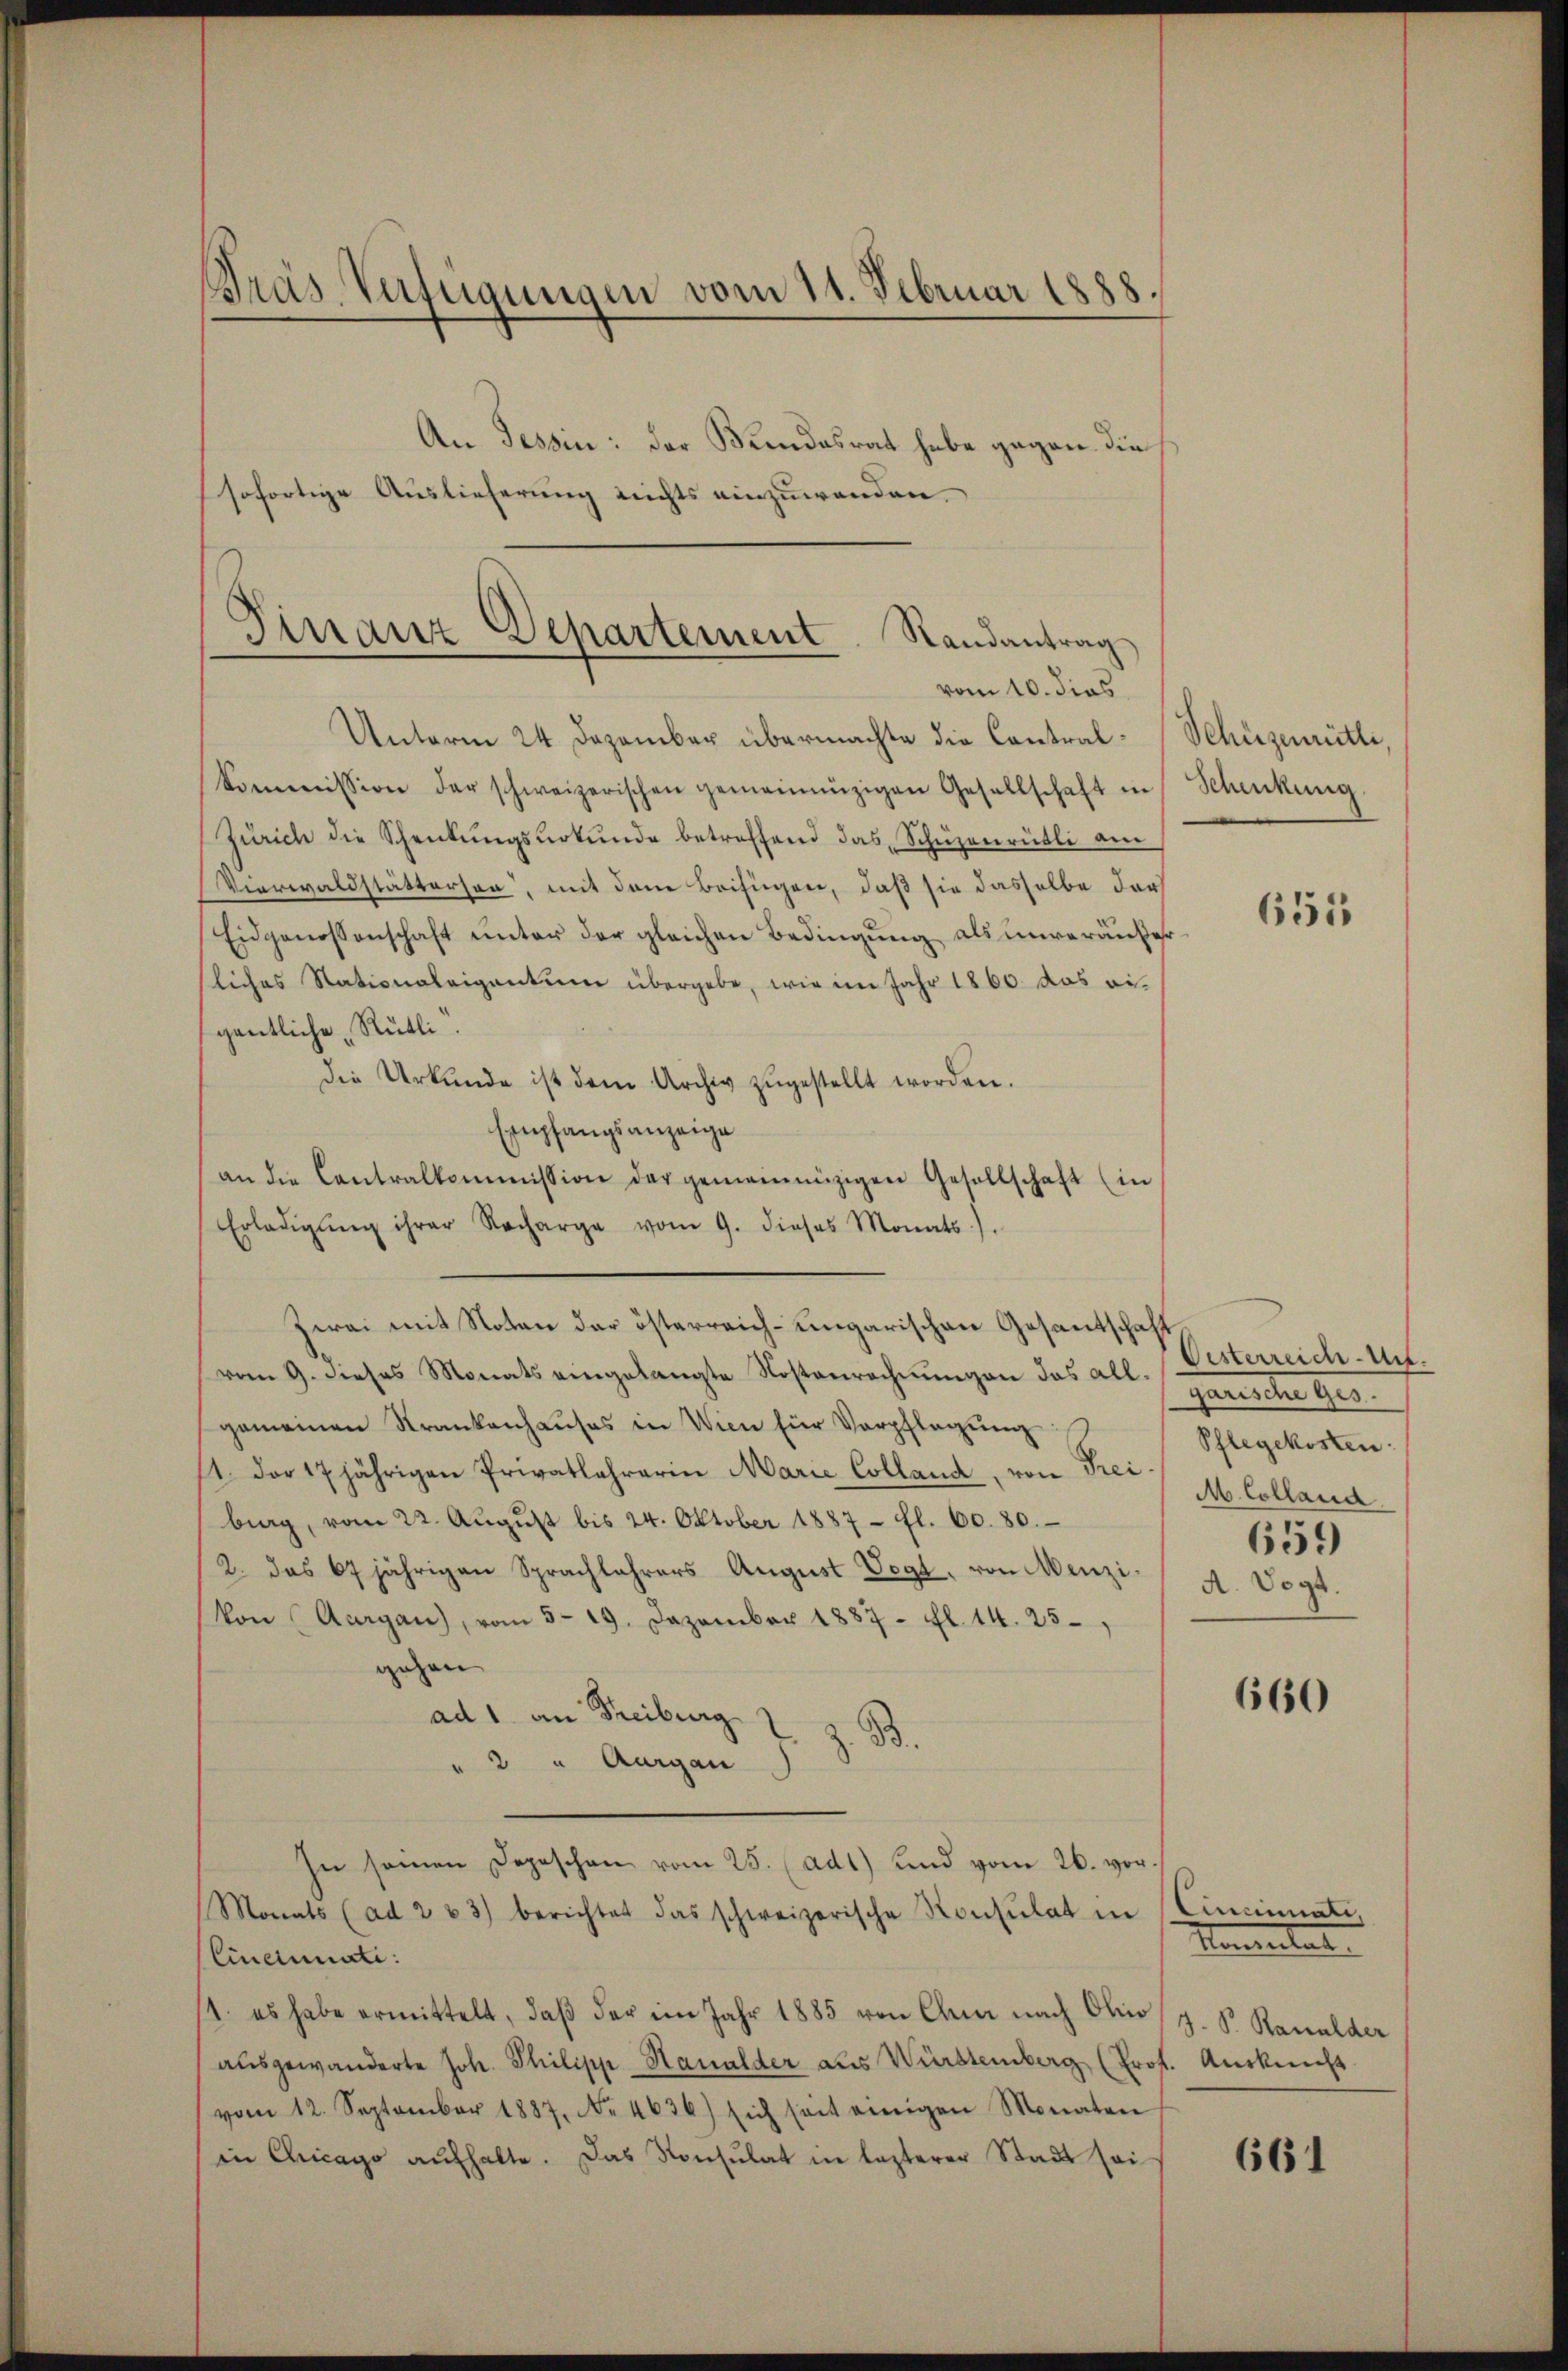
Präs. Verfügungen vom 11. Februar 1888.
An Tessin: der Bundesrat habe gegen die
sofortige Auslieferung nichts einzuwenden.

Finanz Departement. Randantrag
vom 10. dies

Unterm 24. Dezember übermachte die Contral-Schüzenrütli,
kommission der schweizerischen gemeinnüzigen Gesellschaft in Schenkung
Zürich die Schenkungsurkunde betreffend das Schüzenrütli am
Vierwaldstätterson, mit dem Beifügen, daß sie dasselbe darf
Eidgenossenschaft unter der gleichen Bedingung als unveräußer
liches Stationaleigentum übergebe, wie im Jahr 1860 das ei-
gentliche „Rütli.
die Urkunde ist dem Archiv zŭgestellt worden.
Empfangsanzeige
an die Contralkommission der gemeinnüzigen Gesellschaft (in
Erledigŭng ihrer Nacharge vom 9. dieses Monats).
Zwai mit Noten der österreich-ungarischen Gesantschaft
vom 9. dieses Monats eingelangte Kostenrechnungen das allgemeinen Krankenhaŭses in Wien für Verpflegŭng:
1. Der 17 jährigen Privatlehrerin Marie Colland, von Frei M. Collaud
big, vom 22. Aŭgŭst bis 24. Oktober 1887 - fl. 60. 80.
2. das 67 jährigen Sprachlehrers August Vogt, von Menzi /A. Vogt.
Von Aargau), vom 5. 19. Dezember 1887 - fl. 14. 25
gehen
ad 1. an Freiburg Z z. B.
" 2 " Aargau
In seinen Depeschen vom 25. (ad1) und vom 26. vor
Monats (ad 2 u 3) berichtet das schweizerische Konsulat in Cincinati
Cincinati:
1. es habe ermittelt, daβ der im Jahr 1885 von Cham nach Ohio, J. P. Kanalder
ausgewanderte Joh. Philipp Haualder aus Württemberg (Prof. Auskunft
(vom 12. September 1887, No. 4636) sich seit einigen Monaten
in Chicago aŭfhalte. Das Konsulat in lezterer Stadt sei

Uisterreichen.
Jameter 1910.
Schlegekosten:
659

Momentat

655

660

661